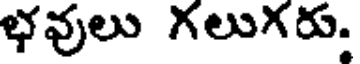
భవులు గలుగరు.